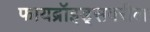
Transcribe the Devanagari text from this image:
फायब्रॉइड्‌सवरील